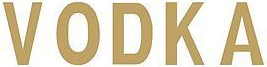
VODKA